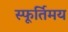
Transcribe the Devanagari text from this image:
स्फूर्तिमय